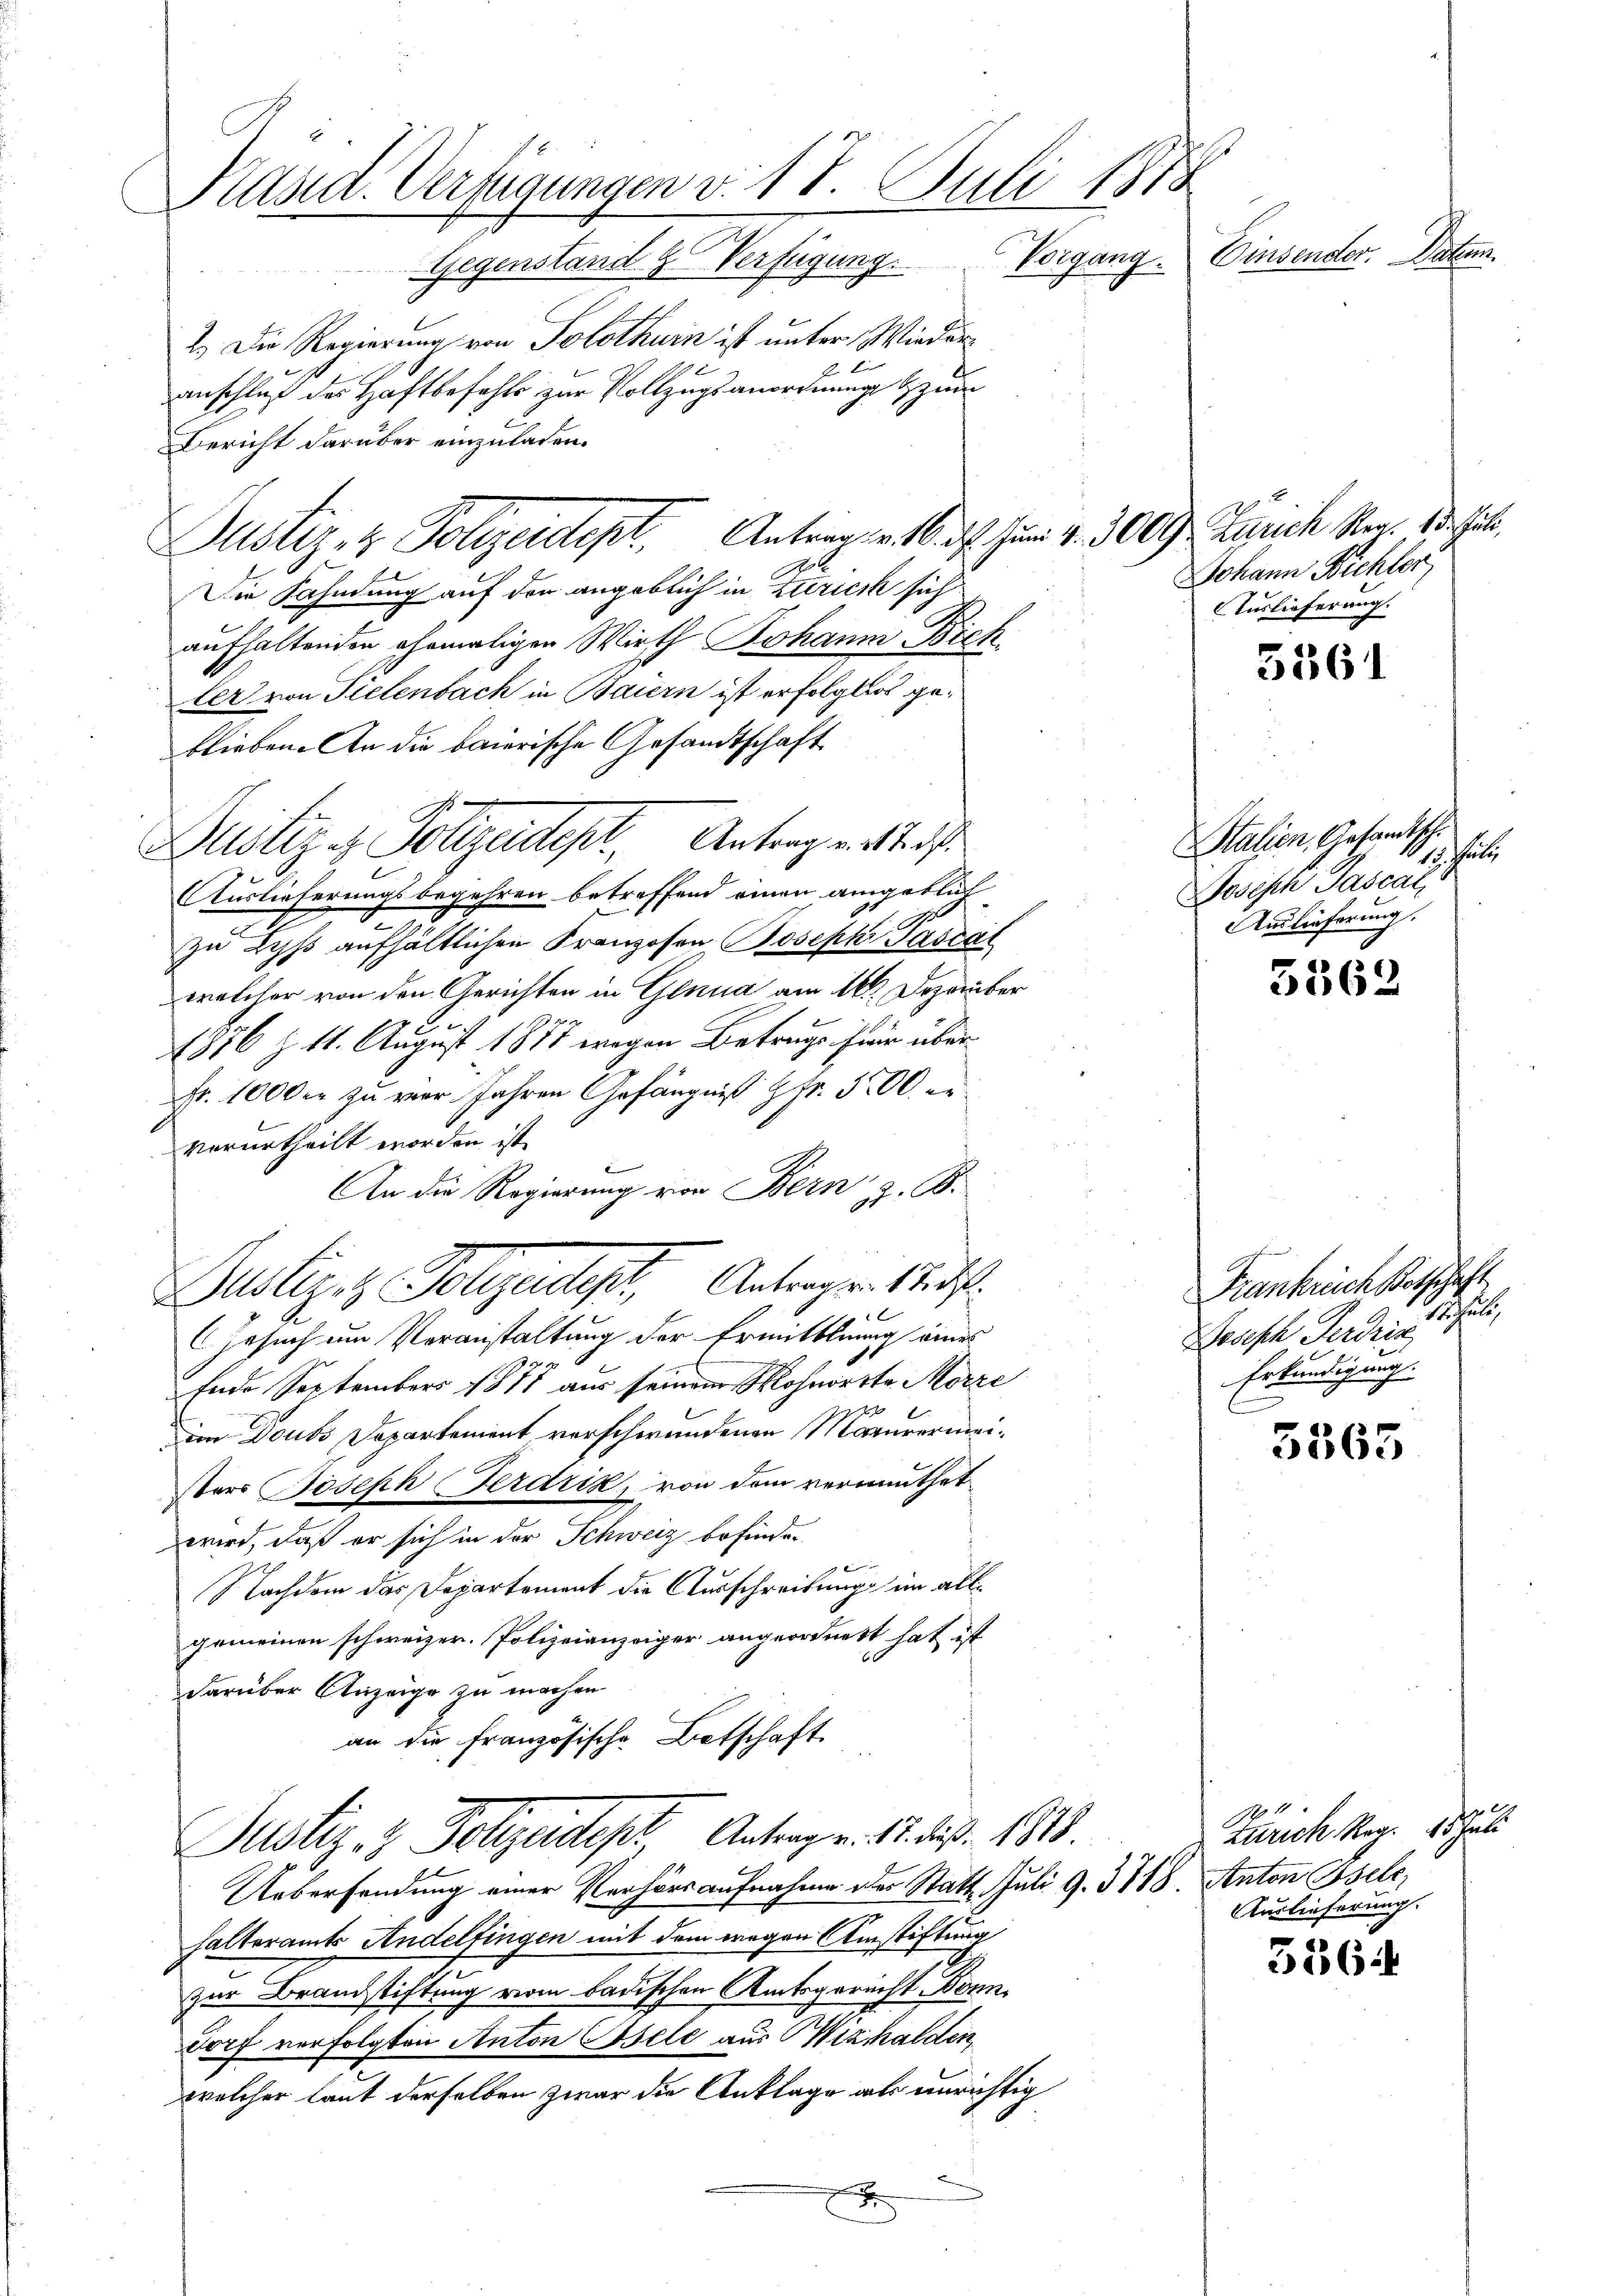
Käsid. Verfügungen v. 18. Juli 1878
Feinderte. Abe
Gegenstand Verfügung. Vorgang.

2.) Die Regierung von Solothurn ist unter Wieder¬
2
anschluß des Haftbefehls zur Vollzugsanordnung zum
Bericht darüber einzuladen.
Justiz- & Polizeidept. Antrag v. 16. d. Juni v. 3000 Zürich Se. Mit
Die Fahndung auf den angeblich in Zürich sich
aufhaltenden ehemaligen Wirth Johann Bick
ler von Tielenbach in Baiern ist erfolglich geblieben. An die baierische Gesandtschaft
Auslieferungsbegehren betreffend einen angeblich
x
zu Lyss aufhältlichen Franzosen, Joseph Passat
welcher von den Gerichten in Genua am 16. Dezember

1876 Z. 11. August 1888 wegen Betrugs hier über¬
Fr. 1000 zu vor Jahren Gefängniß & Fr. 300 er
verurtheilt worden ist.
u
An die Regierung von Bern z. B.
Justiz & Polizeiligt, Antragen Auf
Gesuch um Veranstaltung der Ermittlung eines
Ende September 1878 aus seinem Wohnorte Merze
ion Doubs Departement verschwundenen Maurermeisters Joseph Ferdrik, von dem vermuthet
wird, daß er sich in der Schweiz befinden
e |
Nachdem das Departement die Ausschreitung im allgemeinen schweizer. Polizeianzeiger angeordnett hat ist
darüber Anzeige zu machen
an die französische Botschaft
Justiz- & Polizeidept Antrag v. 12. dieß. 138.

i
Justiz - Polizeidept, Antrag v. Mts

Uebersendung einer Verhörsaufnahme des Statt Juli d. 3118. Anton Isele,
halteramts Andelfingen mit dem wegen Amstiftung
zur Brandstiftung vom badischen Amtsgericht Donn
Dorf verfolgten Anton Isele aus Wizhalden,
welcher laut derselben zwar die Anklage als unrichtig
g

Johann Bichler
Auslieferung.

5361

Station, Gesandtsche
1
steilt,
Dosisch Pascal,
Auslieferung,

5562

Frankreich Botschaft
Sachen,
Joseph Ferdriz
Erkundigung.

3565

3364

Zürich Reg.
Auslieferung.